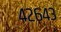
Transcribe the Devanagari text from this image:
४२६४३